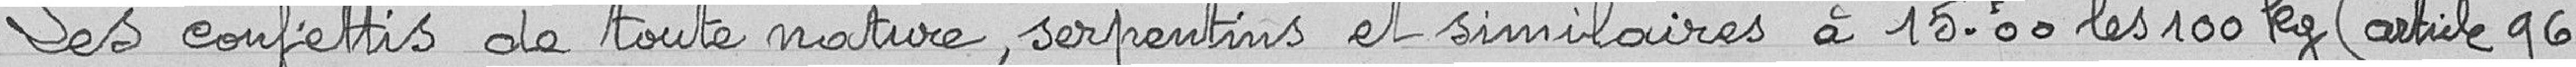
Les confettis de toute nature, serpentins et similaires à 15,00 francs les 100 kg (article 96).